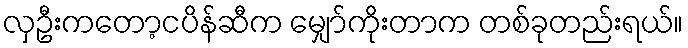
လှဦးကတော့ငပိန်ဆီက မျှော်ကိုးတာက တစ်ခုတည်းရယ်။